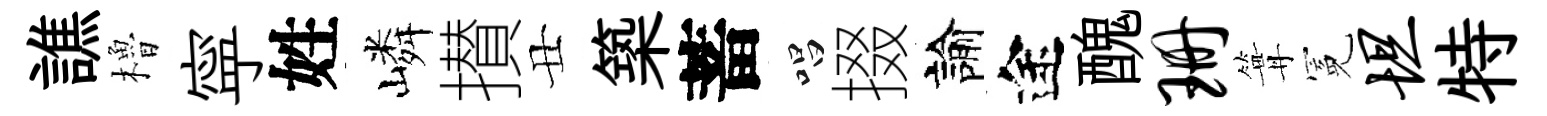
譙櫓寜姓嶙攅丑築蓄唱掇諭途醜珊篝冕坦特